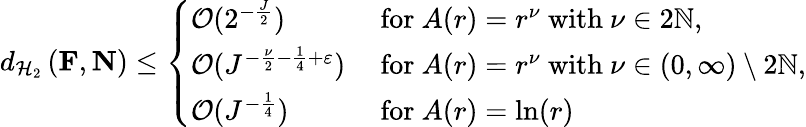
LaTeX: \begin{array}{r}{d_{\mathcal{H}_{2}}\left(\mathbf{F},\mathbf{N}\right)\leq\left\{ \begin{array}{ll}{\mathcal{O}(2^{-\frac{J}{2}})}&{\ \textup{for}\ A(r)=r^{\nu}\ \textup{with}\ \nu\in 2\mathbb{N},}\\ {\mathcal{O}(J^{-\frac{\nu}{2}-\frac{1}{4}+\varepsilon})}&{\ \textup{for}\ A(r)=r^{\nu}\ \textup{with}\ \nu\in(0,\infty)\setminus 2\mathbb{N},}\\ {\mathcal{O}(J^{-\frac{1}{4}})}&{\ \textup{for}\ A(r)=\ln(r)}\end{array}\right.}\end{array}